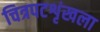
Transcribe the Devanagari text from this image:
चित्रपटशृंखला